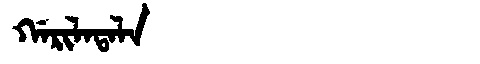
Manchu: ᡤᠠᡵᡳᠯᠠᡨᠠᠯᠠ
Romanization: GARILATALA